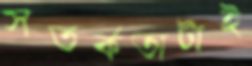
সতর্কতাটাই